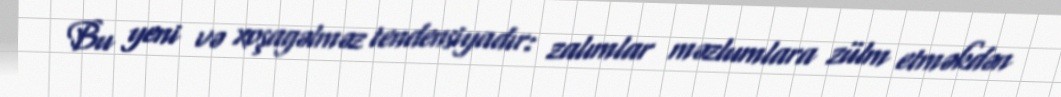
Bu yeni və xoşagəlməz tendensiyadır: zalımlar məzlumlara zülm etməkdən